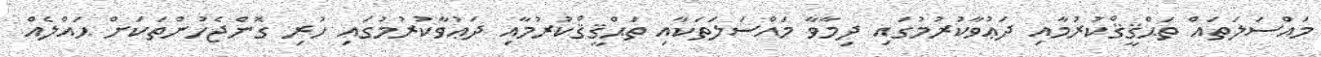
މައްސަލަތައް ތަޙްޤީޤްކުރުމާއި ދަޢުވާކުރުމުގައި ދިމާވާ މައްސަލަތަކާއި ތަޙްޤީޤްކުރުމާއި ދަޢުވާކުރުމުގައި ހުރި ގޮންޖެހުންތަކަށް ޙައްލެއް